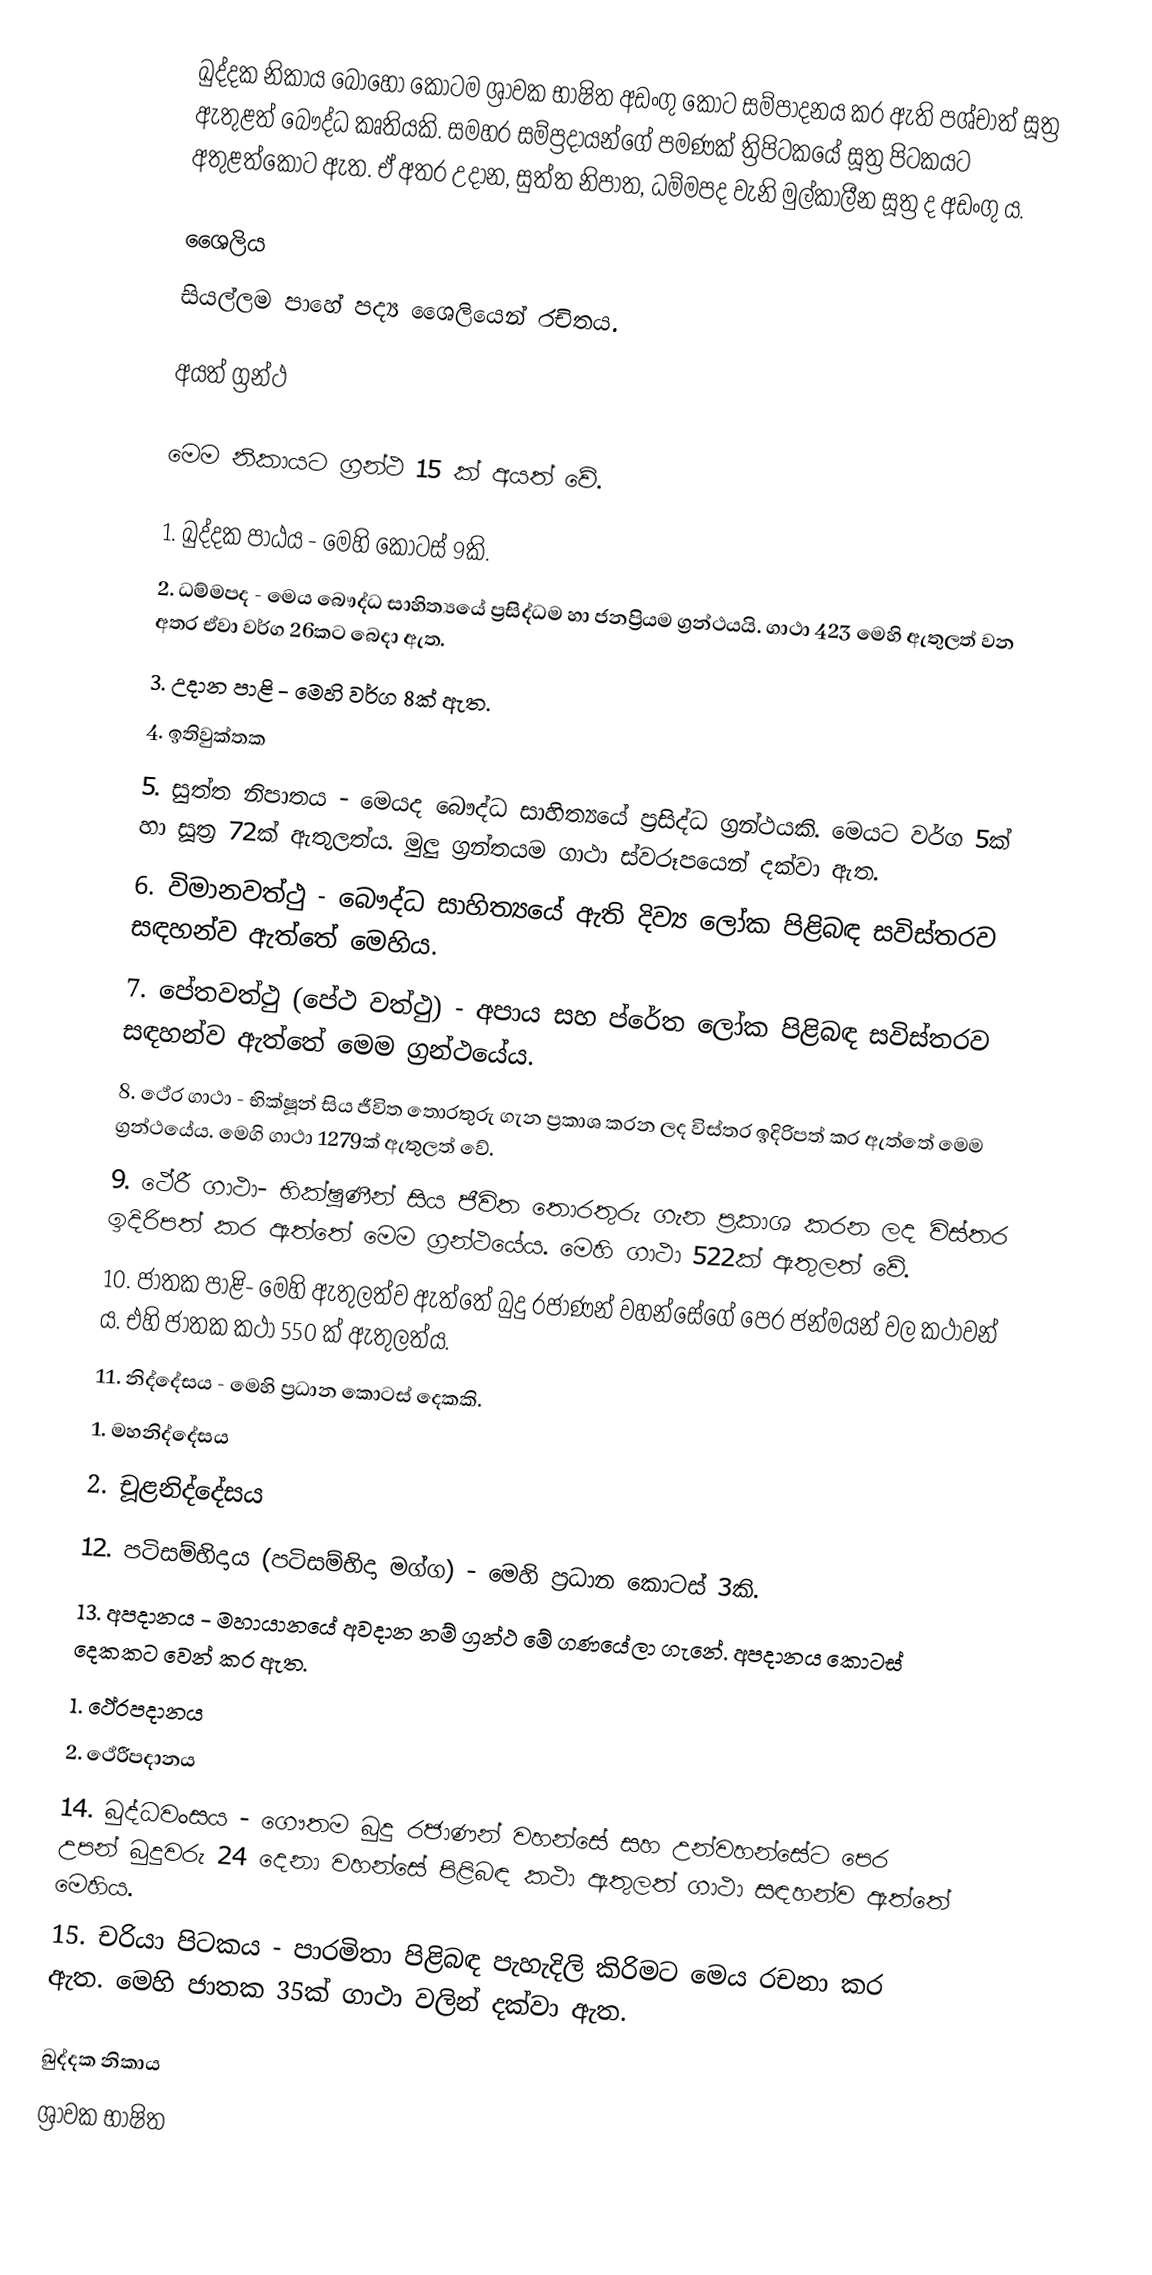
ඛුද්දක නිකාය බොහෝ කොටම ශ්‍රාවක භාෂිත අඩංගු කොට සම්පාදනය කර ඇති පශ්චාත් සූත්‍ර ඇතුළත් බෞද්ධ කෘතියකි.  සමහර සම්ප්‍රදායන්ගේ පමණක් ත්‍රිපිටකයේ සූත්‍ර පිටකයට අතුළත්කොට ඇත. ඒ අතර උදාන, සුත්ත නිපාත, ධම්මපද වැනි මුල්කාලීන සූත්‍ර ද අඩංගු ය.

ශෛලිය
සියල්ලම පාහේ පද්‍ය ශෛලියෙන් රචිතය.

අයත් ග්‍රන්ථ

මෙම නිකායට ‍ග්‍රන්ථ 15 ක් අයත් වේ.

1. ඛුද්දක පාඨය - මෙහි කොටස් 9කි.
2. ධම්මපද - මෙය බෞද්ධ සාහිත්‍යයේ ප්‍රසිද්ධම හා ජනප්‍රියම ග්‍රන්ථයයි. ගාථා 423 මෙහි ඇතුලත් වන අතර ඒවා වර්ග 26කට බෙදා ඇත.
3. උදාන පාළි - මෙහි වර්ග 8ක් ඇත.
4. ඉතිවුක්තක
5. සුත්ත නිපාතය - මෙයද බෞද්ධ සාහිත්‍යයේ ප්‍රසිද්ධ ග්‍රන්ථයකි. මෙයට වර්ග 5ක් හා සූත්‍ර 72ක් ඇතුලත්ය. මුලු ග්‍රන්තයම ගාථා ස්වරූපයෙන් දක්වා ඇත.
6. විමානවත්ථු - බෞද්ධ සාහිත්‍යයේ ඇති දිව්‍ය ලෝක පිළිබඳ සවිස්තරව සඳහන්ව ඇත්තේ මෙහිය.
7. පේතවත්ථු (පේථ වත්ථු) - අපාය සහ ප්රේත ලෝක පිළිබඳ සවිස්තරව සඳහන්ව ඇත්තේ මෙම ග්‍රන්ථයේය.
8. ථේර ගාථා - භික්ෂූන් සිය ජීවිත තොරතුරු ගැන ප්‍රකාශ කරන ලද විස්තර ඉදිරිපත් කර ඇත්තේ මෙම ග්‍රන්ථයේය. මෙගි ගාථා 1279ක් ඇතුලත් වේ.
9. ථේරී ගාථා- භික්ෂූණීන් සිය ජීවිත තොරතුරු ගැන ප්‍රකාශ කරන ලද විස්තර ඉදිරිපත් කර ඇත්තේ මෙම ග්‍රන්ථයේය. මෙහි ගාථා 522ක් ඇතුලත් වේ.
10. ජාතක පාළි- මෙහි ඇතුලත්ව ඇත්තේ බුදු රජාණන් වහන්සේගේ පෙර ජන්මයන් වල කථාවන් ය. එහි ජාතක කථා 550 ක් ඇතුලත්ය.
11. නිද්දේසය - මෙහි ප්‍රධාන කොටස් දෙකකි.
         1. මහනිද්දේසය
         2. චූළනිද්දේසය
12. පටිසම්භිදාය (පටිසම්භිදා මග්ග) - මෙහි ප්‍රධාන කොටස් 3කි.
13. අපදානය - මහායානයේ අවදාන නම් ග්‍රන්ථ මේ ගණයේලා ගැනේ. අපදානය කොටස් දෙකකට වෙන් කර ඇත.
         1. ථේරපදානය
         2. ථේරීපදානය
14. බුද්ධවංසය - ගෞතම බුදු රජාණන් වහන්සේ සහ උන්වහන්සේට පෙර උපන් බුදුවරු 24 දෙනා වහන්සේ පිළිබඳ කථා ඇතුලත් ගාථා සඳහන්ව ඇත්තේ මෙහිය.
15. චරියා පිටකය - පාරමිතා පිළිබඳ පැහැදිලි කිරිමට මෙය රචනා කර ඇත. මෙහි ජාතක 35ක් ගාථා වලින් දක්වා ඇත.

ඛුද්දක නිකාය
ශ්‍රාවක භාෂිත